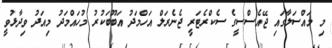
މި މައްސަލާގައި ޖޭއެސްސީގެ ސެކްރެޓަރީ ޖެނެރަލް އަހްމަދު އަބޫބަކުރު މުހައްމަދު މިއަދު ވިދާޅުވީ